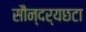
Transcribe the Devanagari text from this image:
सौन्दर्यछटा